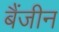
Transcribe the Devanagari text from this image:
बैंजीन